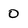
Character: 0